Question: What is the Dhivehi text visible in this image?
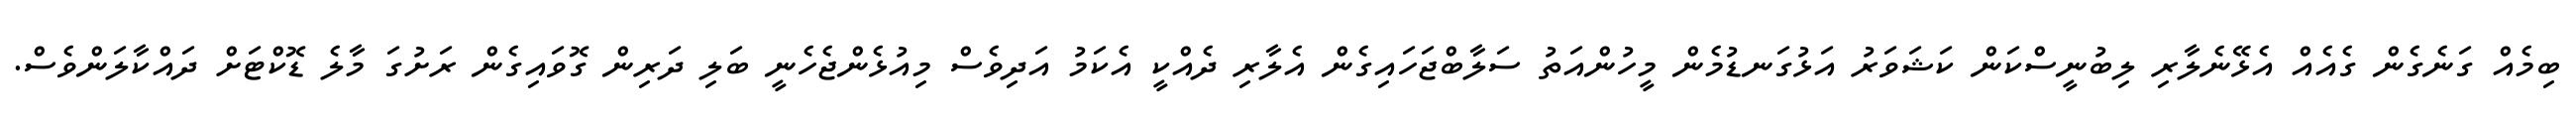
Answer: ބިމެއް ގަނެގެން ގެއެއް އެޅޭނެލާރި ލިބުނީސްކަން ކަޝަވަރު އަޅުގަނޑުމެން މީހުންއަތު ސަލާބްޖަހައިގެން އެލާރި ދެއްކީ އެކަމު އަދިވެސް މިއުޅެންޖެހެނީ ބަލި ދަރިން ގޮވައިގެން ރަށުގަ މާލެ ޑޮކްޓަށް ދައްކާލަންވެސް.